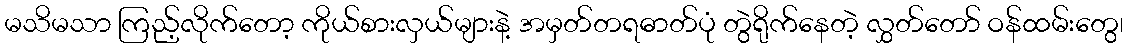
မသိမသာ ကြည့်လိုက်တော့ ကိုယ်စားလှယ်များနဲ့ အမှတ်တရဓာတ်ပုံ တွဲရိုက်နေတဲ့ လွှတ်တော် ဝန်ထမ်းတွေ၊